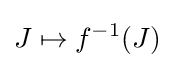
J\mapsto f^{-1}(J)